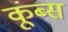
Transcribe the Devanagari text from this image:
कूंब्स